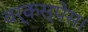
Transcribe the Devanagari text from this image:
वर्कस्पेस।